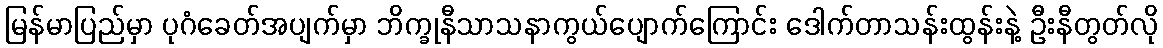
မြန်မာပြည်မှာ ပုဂံခေတ်အပျက်မှာ ဘိက္ခုနီသာသနာကွယ်ပျောက်ကြောင်း ဒေါက်တာသန်းထွန်းနဲ့ ဦးနီတွတ်လို